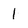
Character: 1